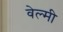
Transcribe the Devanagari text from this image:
वेल्मी